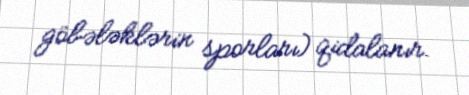
göbələklərin sporları) qidalanır.